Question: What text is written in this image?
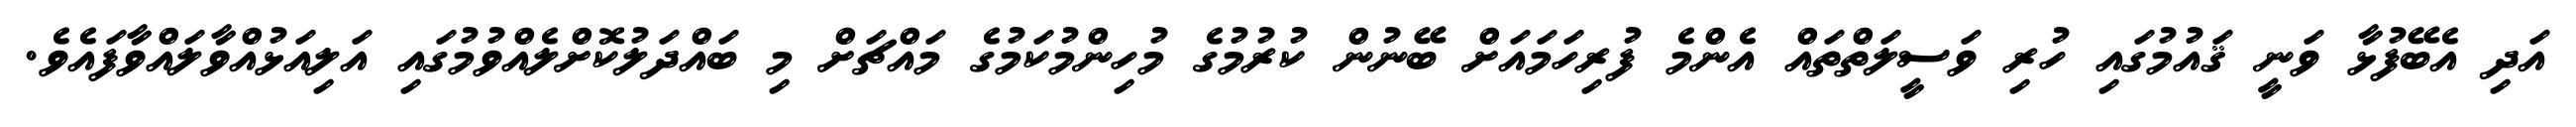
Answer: އަދި އެބޭފުޅާ ވަނީ ޤައުމުގައި ހުރި ވަސީލަތްތައް އެންމެ ފުރިހަމައަށް ބޭނުން ކުރުމުގެ މުހިންމުކަމުގެ މައްޗަށް މި ބައްދަލުކޮށްލެއްވުމުގައި އަލިއަޅުއްވާލައްވާފައެވެ.